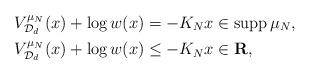
LaTeX: \begin{align*}&V_{\mathcal{D}_{d}}^{\mu_{N}}(x) + \log w(x) = -K_{N} x \in \mathop{\mathrm{supp}} \mu_{N}, \\&V_{\mathcal{D}_{d}}^{\mu_{N}}(x) + \log w(x) \leq -K_{N} x \in \mathbf{R}, \end{align*}